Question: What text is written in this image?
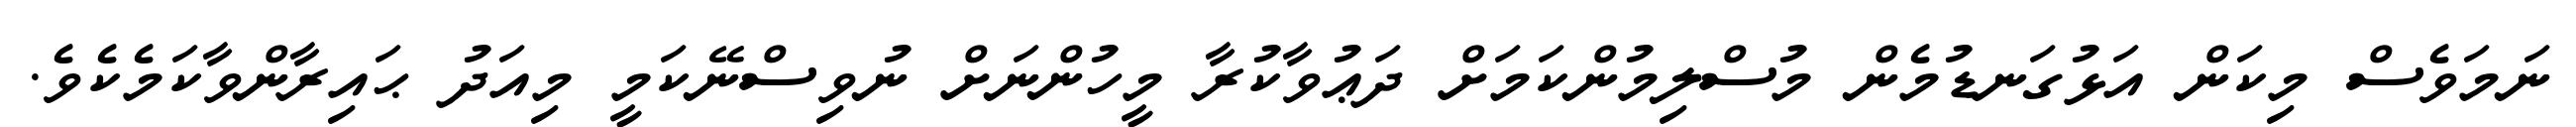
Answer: ނަމަވެސް މިކަން އަޅުގަނޑުމެން މުސްލިމުންކަމަށް ދަޢުވާކުރާ މީހުންނަށް ނުވިސްނޭކަމީ މިއަދު ޙައިރާންވާކަމެކެވެ.